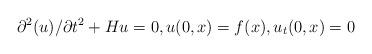
LaTeX: \begin{align*}\partial^2 (u)/\partial t^2 + H u = 0, u(0,x) = f(x), u_t(0, x) = 0\end{align*}